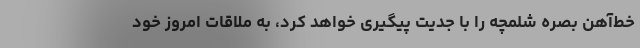
خط‌آهن بصره شلمچه را با جدیت پیگیری خواهد کرد، به ملاقات امروز خود